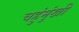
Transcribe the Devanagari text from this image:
चहुंमुंखी